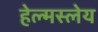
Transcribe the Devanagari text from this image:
हेल्मस्लेय